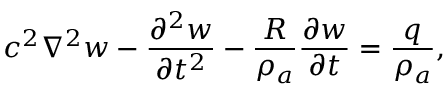
c ^ { 2 } \nabla ^ { 2 } w - \frac { \partial ^ { 2 } w } { \partial t ^ { 2 } } - \frac { R } { \rho _ { a } } \frac { \partial w } { \partial t } = \frac { q } { \rho _ { a } } ,